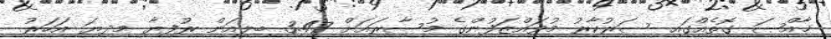
ޚާއްޞަ ގޮތެއްގައި ސަރުކާރު މުވައްޒަފުންގެ މުސާރައަށް 3.47 ބިލިއަން ރުފިޔާ މިދިޔަ އަހަރު